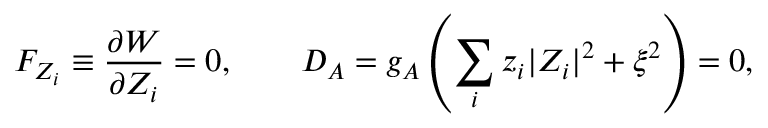
F _ { Z _ { i } } \equiv \frac { \partial W } { \partial Z _ { i } } = 0 , \qquad D _ { A } = g _ { A } \left( \sum _ { i } z _ { i } | Z _ { i } | ^ { 2 } + \xi ^ { 2 } \right) = 0 ,